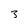
Character: 3